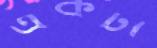
একটী